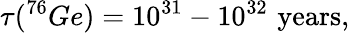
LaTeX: \tau(^{76}Ge)=10^{31}-10^{32}\, \, \mathrm{years},